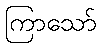
ကြာသော်